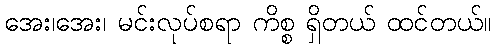
အေး၊အေး၊ မင်းလုပ်စရာ ကိစ္စ ရှိတယ် ထင်တယ်။